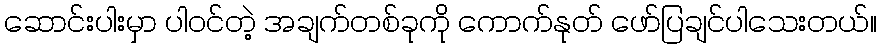
ဆောင်းပါးမှာ ပါဝင်တဲ့ အချက်တစ်ခုကို ကောက်နုတ် ဖော်ပြချင်ပါသေးတယ်။